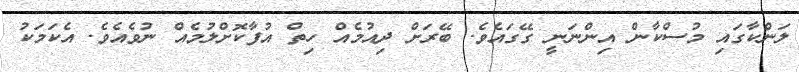
ލަންކާގައި މުސްކާން އިންނަނީ ގޭގައެވެ. ބޭރަށް ދިއުމެއް ހިތް އުފާކޮށްލުމެއް ނުވެއެވެ. އެކަމަކު